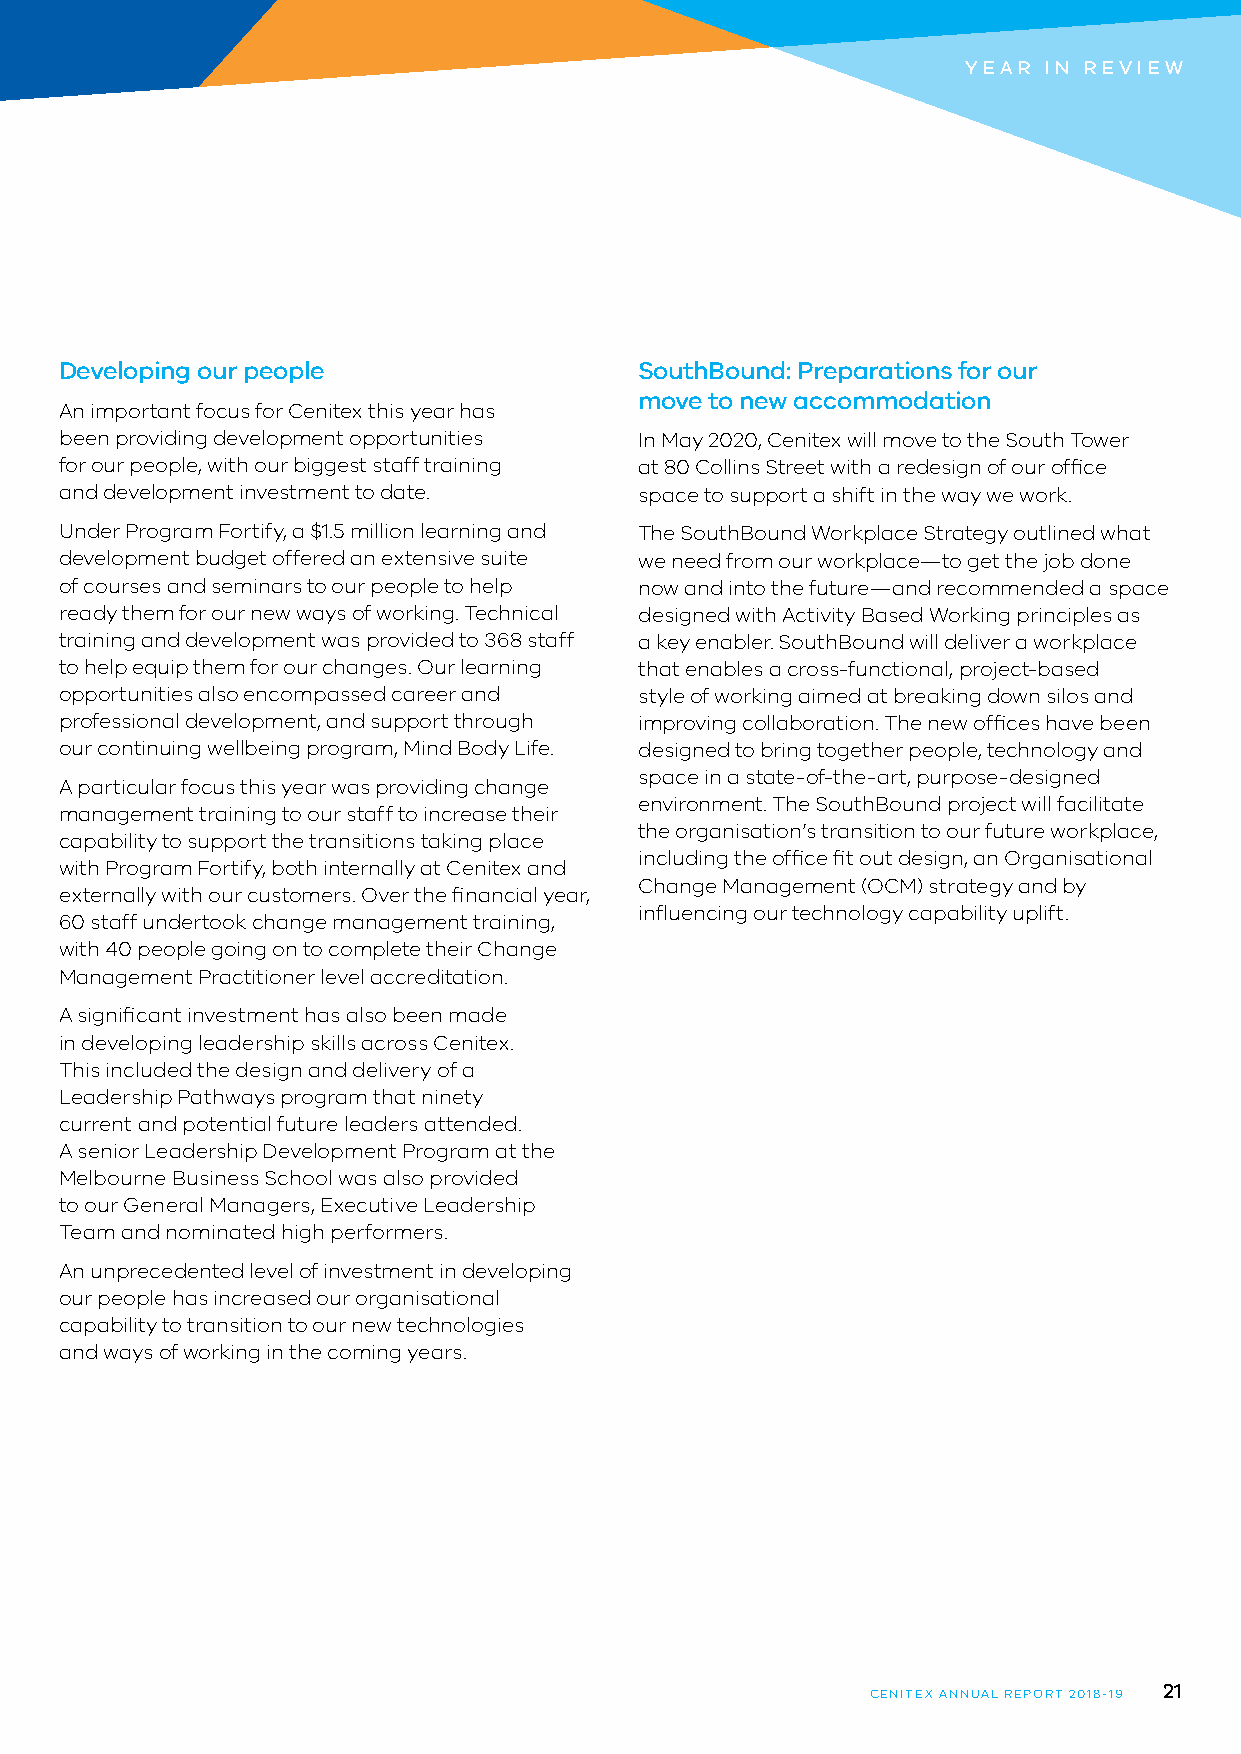
YEAR IN REVIEW
 Developing our people                 SouthBound: Preparations for our
 move to new accommodation
 An important focus for Cenitex this year has
 been providing development opportunities In May 2020, Cenitex will move to the South Tower
 for our people, with our biggest staff training at 80 Collins Street with a redesign of our office
 and development investment to date.   space to support a shift in the way we work.
 Under Program Fortify, a $1.5 million learning and The SouthBound Workplace Strategy outlined what
 development budget offered an extensive suite we need from our workplace—to get the job done
 of courses and seminars to our people to help now and into the future—and recommended a space
 ready them for our new ways of working. Technical designed with Activity Based Working principles as
 training and development was provided to 368 staff a key enabler. SouthBound will deliver a workplace
 to help equip them for our changes. Our learning that enables a cross-functional, project-based
 opportunities also encompassed career and style of working aimed at breaking down silos and
 professional development, and support through improving collaboration. The new offices have been
 our continuing wellbeing program, Mind Body Life. designed to bring together people, technology and
 space in a state-of-the-art, purpose-designed
 A particular focus this year was providing change
 environment. The SouthBound project will facilitate
 management training to our staff to increase their
 the organisation’s transition to our future workplace,
 capability to support the transitions taking place
 including the office fit out design, an Organisational
 with Program Fortify, both internally at Cenitex and
 Change Management (OCM) strategy and by
 externally with our customers. Over the financial year,
 influencing our technology capability uplift.
 60 staff undertook change management training,
 with 40 people going on to complete their Change
 Management Practitioner level accreditation.
 A significant investment has also been made
 in developing leadership skills across Cenitex.
 This included the design and delivery of a
 Leadership Pathways program that ninety
 current and potential future leaders attended.
 A senior Leadership Development Program at the
 Melbourne Business School was also provided
 to our General Managers, Executive Leadership
 Team and nominated high performers.
 An unprecedented level of investment in developing
 our people has increased our organisational
 capability to transition to our new technologies
 and ways of working in the coming years.
 21
 CENITEX ANNUAL REPORT 2018-19